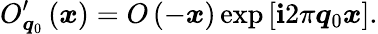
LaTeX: O_{\boldsymbol{q}_{0}}^{\prime}\left(\boldsymbol{x}\right)=O\left(-\boldsymbol{x}\right)\exp\left[\mathbf{i}2\pi\boldsymbol{q}_{0}\boldsymbol{x}\right].